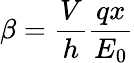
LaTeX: \beta=\frac{V}{h}\frac{qx}{E_{0}}